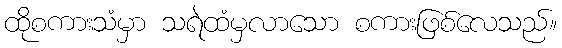
ထိုစကားသံမှာ သရဲထံမှလာသော စကားဖြစ်လေသည်။